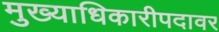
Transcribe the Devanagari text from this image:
मुख्याधिकारीपदावर